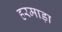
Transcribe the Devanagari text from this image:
हरमाड़ा